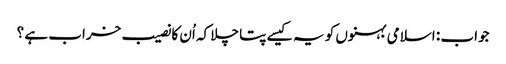
جواب : اسلامی بہنوں کو یہ کیسے پتا چلا کہ اُن کا نصیب خراب ہے ؟